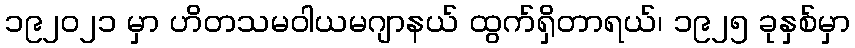
၁၉၂၀၂၁ မှာ ဟိတသမဝါယမဂျာနယ် ထွက်ရှိတာရယ်၊ ၁၉၂၅ ခုနှစ်မှာ